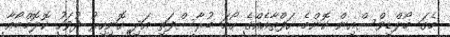
މެގަ މޯލްޑިވްސްއިން ކޮންމެ ހަފްތާއެއްގެ ހޯމަ ބުރާސްފަތި އަދި ހޮނިހިރު ދުވަހު ކޮލޮމްބޯއާ